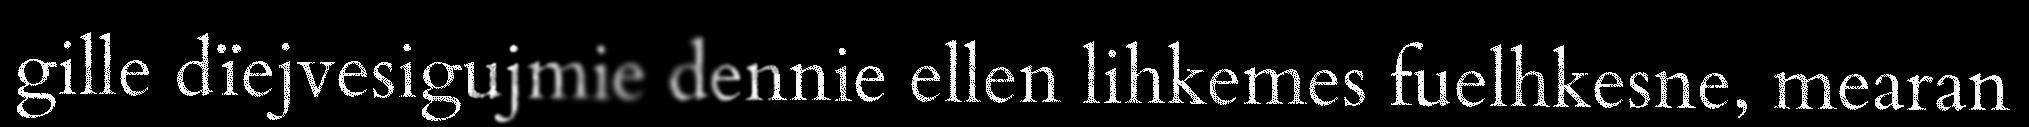
gille dïejvesigujmie dennie ellen lihkemes fuelhkesne, mearan